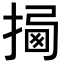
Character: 𢰕